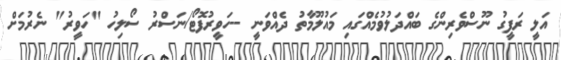
އަލީ ރަފީގު ނޫސްވެރިންގެ ބައްދަލުވުމެއްގައި މައުލޫމާތު ދެއްވަނީ --ހަވީރުފޮޓޯ/ނަސްރު ސޯލިހު "ހަވީރު" ނެރުމަށް